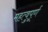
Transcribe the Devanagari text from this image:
महत्वुपूर्ण